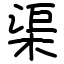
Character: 渠